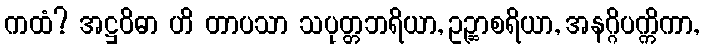
ကထံ? အဋ္ဌဝိဓာ ဟိ တာပသာ သပုတ္တဘရိယာ, ဥဉ္ဆာစရိယာ, အနဂ္ဂိပက္ကိကာ,